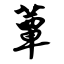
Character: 蕈